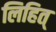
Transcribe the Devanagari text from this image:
लिहित्